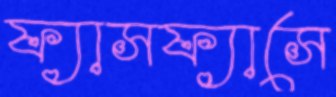
ফ্যাসফ্যাসে